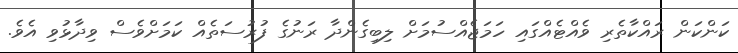
ކަންކަން ރައްކާތެރި ވެއްޓެއްގައި ހަމަޖެއްސުމަށް ލިބިގެންދާ ރަނުގެ ފުރުސަތެއް ކަމަށްވެސް ވިދާޅުވި އެވެ.